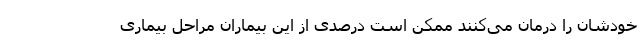
خودشان را درمان می‌کنند ممکن است درصدی از این بیماران مراحل بیماری